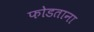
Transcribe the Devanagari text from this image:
फोडताना